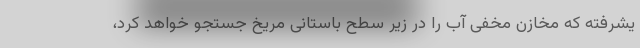
یشرفته که مخازن مخفی آب را در زیر سطح باستانی مریخ جستجو خواهد کرد،